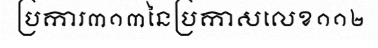
ប្រការ៣១៣នៃប្រកាសលេខ១១២